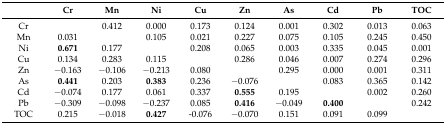
<table><thead><tr><td></td><td><b>Cr</b></td><td><b>Mn</b></td><td><b>Ni</b></td><td><b>Cu</b></td><td><b>Zn</b></td><td><b>As</b></td><td><b>Cd</b></td><td><b>Pb</b></td><td><b>TOC</b></td></tr></thead><tbody><tr><td>Cr</td><td></td><td>0.412</td><td>0.000</td><td>0.173</td><td>0.124</td><td>0.001</td><td>0.302</td><td>0.013</td><td>0.063</td></tr><tr><td>Mn</td><td>0.031</td><td></td><td>0.105</td><td>0.021</td><td>0.227</td><td>0.075</td><td>0.105</td><td>0.245</td><td>0.450</td></tr><tr><td>Ni</td><td><b>0.671</b></td><td>0.177</td><td></td><td>0.208</td><td>0.065</td><td>0.003</td><td>0.335</td><td>0.045</td><td>0.001</td></tr><tr><td>Cu</td><td>0.134</td><td>0.283</td><td>0.115</td><td></td><td>0.286</td><td>0.046</td><td>0.007</td><td>0.274</td><td>0.296</td></tr><tr><td>Zn</td><td>−0.163</td><td>−0.106</td><td>−0.213</td><td>0.080</td><td></td><td>0.295</td><td>0.000</td><td>0.001</td><td>0.311</td></tr><tr><td>As</td><td><b>0.441</b></td><td>0.203</td><td><b>0.383</b></td><td>0.236</td><td>−0.076</td><td></td><td>0.083</td><td>0.365</td><td>0.142</td></tr><tr><td>Cd</td><td>−0.074</td><td>0.177</td><td>0.061</td><td>0.337</td><td><b>0.555</b></td><td>0.195</td><td></td><td>0.002</td><td>0.260</td></tr><tr><td>Pb</td><td>−0.309</td><td>−0.098</td><td>−0.237</td><td>0.085</td><td><b>0.416</b></td><td>−0.049</td><td><b>0.400</b></td><td></td><td>0.242</td></tr><tr><td>TOC</td><td>0.215</td><td>−0.018</td><td><b>0.427</b></td><td>-0.076</td><td>−0.070</td><td>0.151</td><td>0.091</td><td>0.099</td><td></td></tr></tbody></table>